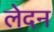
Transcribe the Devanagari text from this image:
लेदन